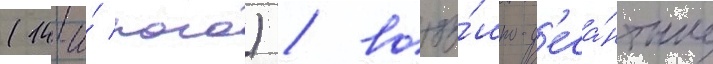
(14-и́ пого) / возду́шно-д'еса́нтные